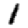
Digit: 1